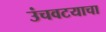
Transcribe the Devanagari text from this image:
उंचवटयाचा